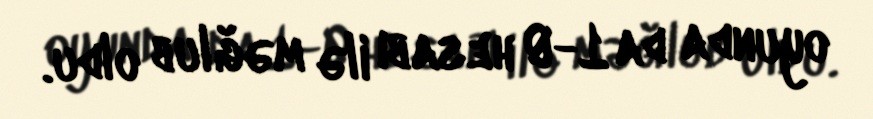
oyunda da 1-0 hesabı ilə məğlub oldu.